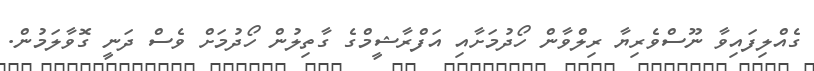
ގެއްލިފައިވާ ނޫސްވެރިޔާ ރިލްވާން ހޯދުމަށާއި އަފްރާޝީމްގެ ގާތިލުން ހޯދުމަަށް ވެސް ދަނީ ގޮވާލަމުން.